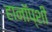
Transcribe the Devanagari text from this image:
हानॉप्शी